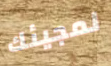
لمجيئك